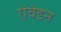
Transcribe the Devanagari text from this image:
ऐवेडन